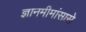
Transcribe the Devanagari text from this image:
ज्ञानमीमांसासे